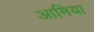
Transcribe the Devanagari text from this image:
आमिया